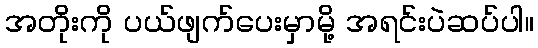
အတိုးကို ပယ်ဖျက်ပေးမှာမို့ အရင်းပဲဆပ်ပါ။